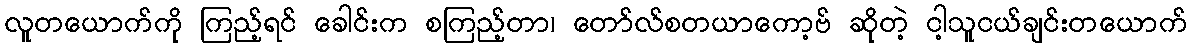
လူတယောက်ကို ကြည့်ရင် ခေါင်းက စကြည့်တာ၊ တော်လ်စတယာကော့ဗ် ဆိုတဲ့ ငါ့သူငယ်ချင်းတယောက်